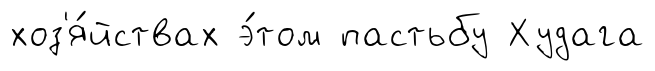
хоз'я́йствах э́том пастьбу Худага